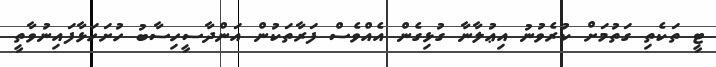
ޓީ ތަކެތި ގަތުމަށް ކުރެވުނު އިޢުލާނާ ގުޅިގެން އެއްވެސް ފަރާތަކުން އަންދާސީހިސާބު ހުށަހަޅާފައިނުވާތީ